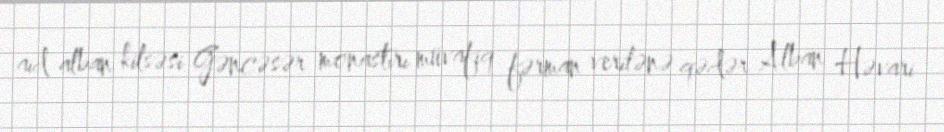
aid alban kilsəsi Gəncəsər monastırı müvafiq fərman verilənə qədər Alban Həvari